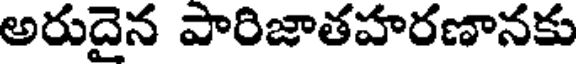
అరుదైన పారిజాతహరణానకు